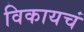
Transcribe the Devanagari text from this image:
विकायचं